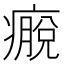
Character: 𰤀